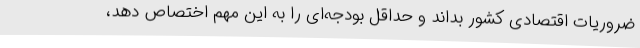
ضروریات اقتصادی کشور بداند و حداقل بودجه‌ای را به این مهم اختصاص دهد،